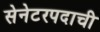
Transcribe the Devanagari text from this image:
सेनेटरपदाची